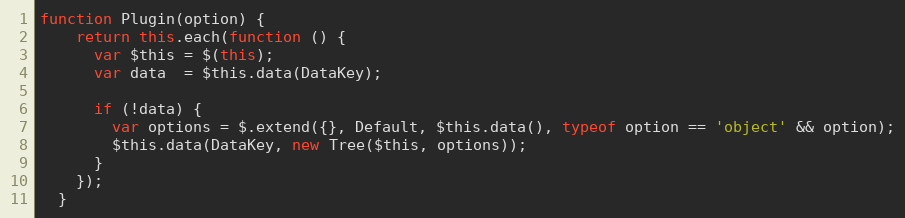
Language: JavaScript
function Plugin(option) {
    return this.each(function () {
      var $this = $(this);
      var data  = $this.data(DataKey);

      if (!data) {
        var options = $.extend({}, Default, $this.data(), typeof option == 'object' && option);
        $this.data(DataKey, new Tree($this, options));
      }
    });
  }